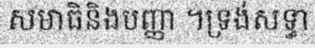
សមាធិនិងបញ្ញា ។ទ្រង់សទ្ធា